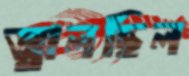
জ্বালছিল